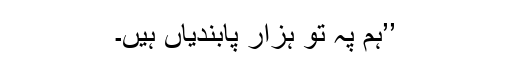
’’ہم پہ تو ہزار پابندیاں ہیں۔